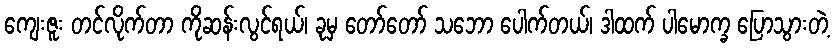
ကျေးဇူး တင်လိုက်တာ ကိုဆန်းလွင်ရယ်၊ ခုမှ တော်တော် သဘော ပေါက်တယ်၊ ဒါထက် ပါမောက္ခ ပြောသွားတဲ့